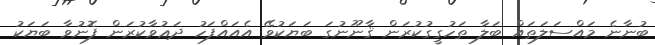
ބުނާނެ މައްސަލަތައް ބަލާ ތަހުގީގުކުރަން ޤާނޫނުގަ ބަޔަކުވޭ އެއައްފަހު ދަޢުވާކުރަން ފޮނުވާ ބަޔަކު